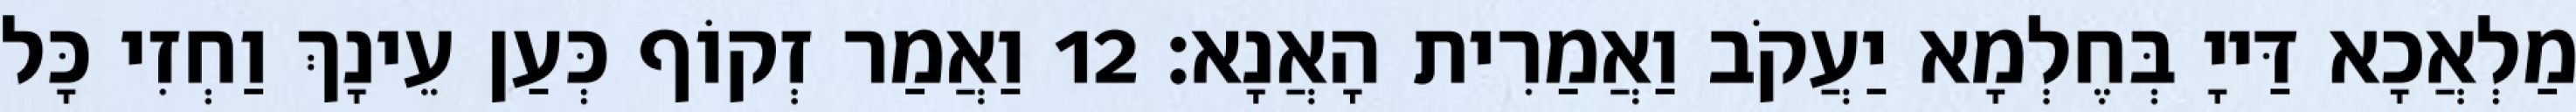
מַלְאֲכָא דַּייָ בְּחֶלְמָא יַעֲקֹב וַאֲמַרִית הָאֲנָא׃ 12 וַאֲמַר זְקוֹף כְּעַן עֵינָךְ וַחְזִי כָּל